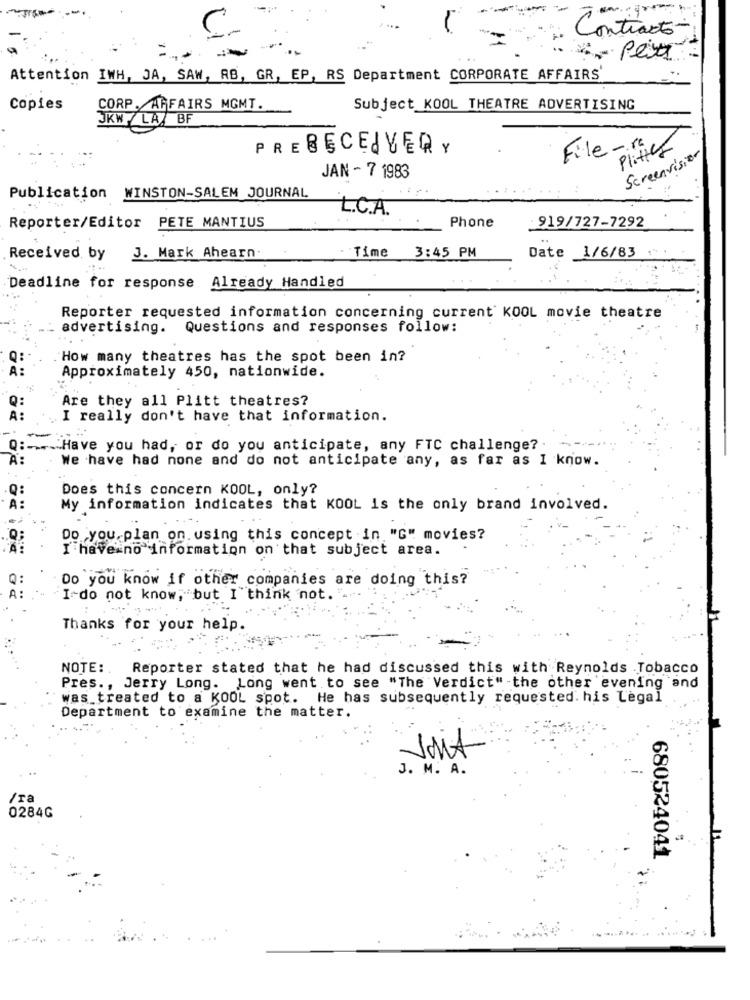
Contract
Attention IWH, JA, SAW, RB, GR, EP, RS Department CORPORATE AFFAIRS
Copies
CORP. AFFAIRS MGMT.
Subject KOOL THEATRE ADVERTISING
JKW LA/ BF
PRERECEIVERY
File-re
Plitics
Screenvisitor
JAN - 7 1983
Publication WINSTON-SALEM JOURNAL
L.C.A.
919/727-7292
Reporter/Editor PETE MANTIUS
Phone
_1/6/83
Received by
J. Mark Ahearn.
Time 3:45 PM
Date
Deadline for response Already Handled
Reporter requested information concerning current KOOL movie theatre
advertising.
Questions and responses follow:
How many theatres has the spot been in?
Approximately 450, nationwide.
Are they all Plitt theatres?
I really don't have that information.
Q :.... Have you had, or do you anticipate, any FTC challenge? .
A:
We have had none and do not anticipate any, as far as I know.
Does this concern KOOL, only?
A:
My information indicates that KOOL is the only brand involved.
Do you plan on using this concept in."G" movies?
I have no information on that subject area.
Do you know if other companies are doing this?
I-do not know, but I think not. "
Thanks for your help.
NOTE :.
Reporter stated that he had discussed this with Reynolds Tobacco
Pres ., Jerry Long. Long went to see "The Verdict" the other evening and
was treated to a KOOL spot. He has subsequently requested. his Legal
Department to examine the matter.
Jont
J. M. A.
/ra
0284G
680524041